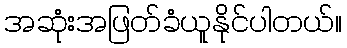
အဆုံးအဖြတ်ခံယူနိုင်ပါတယ်။